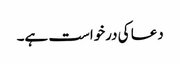
دعا کی درخواست ہے۔